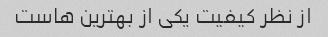
از نظر کیفیت یکی از بهترین هاست